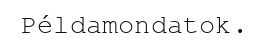
Példamondatok.